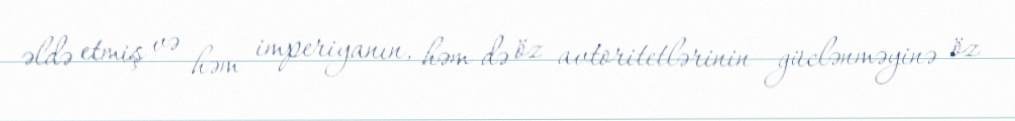
əldə etmiş və həm imperiyanın, həm də öz avtoritetlərinin güclənməyinə öz